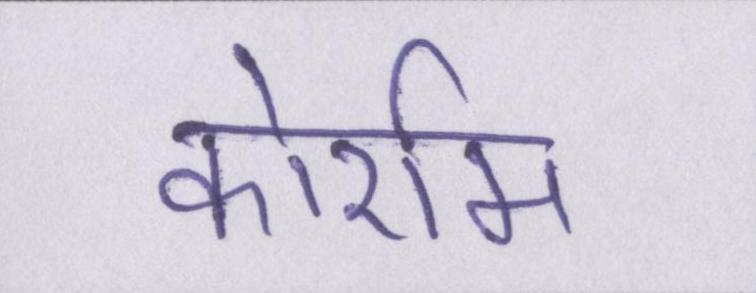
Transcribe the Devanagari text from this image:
कोर्राम